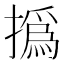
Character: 撝